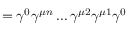
= \gamma ^ { 0 } \gamma ^ { \mu n } \dots \gamma ^ { \mu 2 } \gamma ^ { \mu 1 } \gamma ^ { 0 }